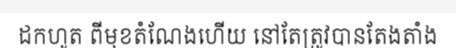
ដកហូត ពីមុខតំណែងហើយ នៅតែត្រូវបានតែងតាំង